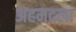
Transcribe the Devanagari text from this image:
अहमदला